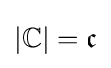
\left\vert \mathbb {C} \right\vert ={\mathfrak {c}}